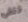
تلقى